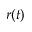
r ( t )